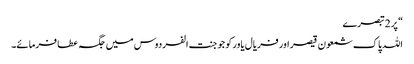
“ پر 2 تبصرے
اللہ پاک شمعون قیصر اور فریال یاور کو جو جنت الفردوس میں جگہ عطا فرمائے۔